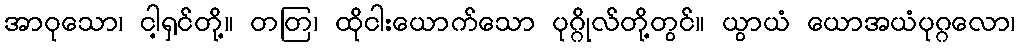
အာဝုသော၊ ငါ့ရှင်တို့။ တတြ၊ ထိုငါးယောက်သော ပုဂ္ဂိုလ်တို့တွင်။ ယွာယံ ယောအယံပုဂ္ဂလော၊